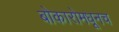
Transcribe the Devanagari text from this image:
बोकारोमधूनच